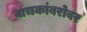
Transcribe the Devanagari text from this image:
वाचकांबरोबर